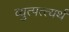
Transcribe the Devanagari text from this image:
व्युत्पत्त्यर्थ